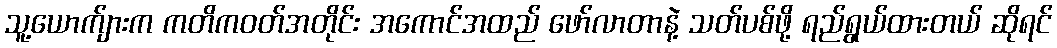
သူ့ယောက်ျားက ကတိကဝတ်အတိုင်း အကောင်အထည် ဖော်လာတာနဲ့ သတ်ပစ်ဖို့ ရည်ရွယ်ထားတယ် ဆိုရင်